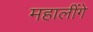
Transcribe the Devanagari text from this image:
महालींगे